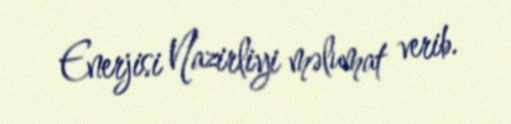
Enerjisi Nazirliyi məlumat verib.